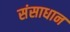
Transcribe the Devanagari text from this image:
संसाधान